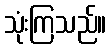
သုံးကြသည်။